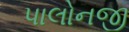
પાલોનજી